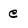
Character: e